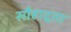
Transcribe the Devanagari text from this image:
सौहाद्र्रता